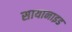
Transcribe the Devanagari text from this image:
सायानाइड